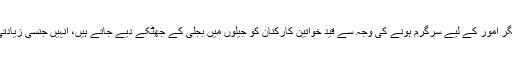
‘‘ انسانی حقوق کے کارکن الزام عائد کرتے ہيں کہ سعودی عرب ميں مختلف معاملات ميں آزادی اور ديگر امور کے ليے سرگرم ہونے کی وجہ سے قيد خواتين کارکنان کو جيلوں ميں بجلی کے جھٹکے ديے جاتے ہيں، انہيں جنسی زيادتی کا نشانہ بنايا جاتا ہے اور اس کے علاوہ تشدد کے ديگر طريقہ ہائے کار بھی استعمال کيے جاتے ہيں۔